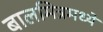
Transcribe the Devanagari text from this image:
बालमित्रमध्ये